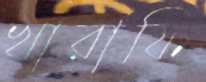
খারাফি